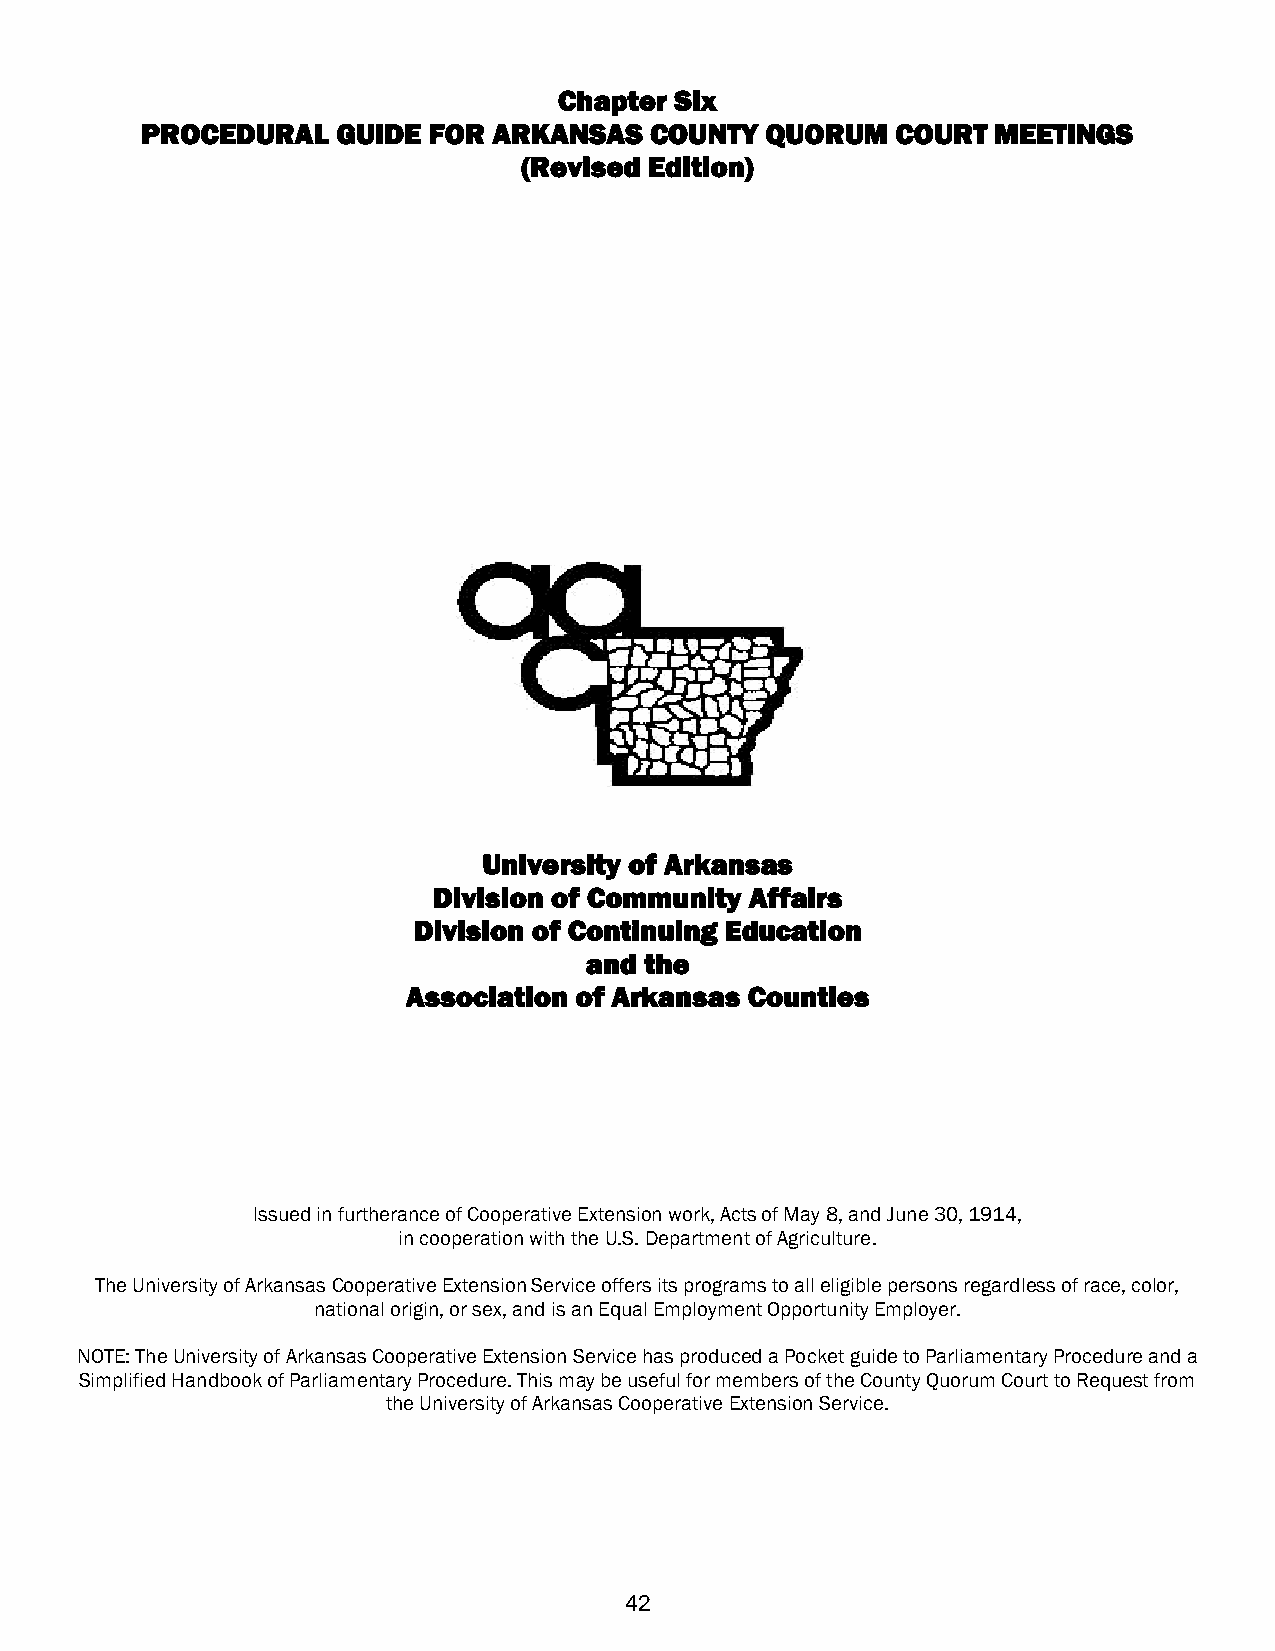
Chapter Six
 PROCEDURAL   GUIDE FOR  ARKANSAS  COUNTY  QUORUM  COURT  MEETINGS
 (Revised Edition)
 University of Arkansas
 Division of Community Affairs
 Division of Continuing Education
 and the
 Association of Arkansas Counties
 Issued in furtherance of Cooperative Extension work, Acts of May 8, and June 30, 1914,
 in cooperation with the U.S. Department of Agriculture.
 The University of Arkansas Cooperative Extension Service offers its programs to all eligible persons regardless of race, color,
 national origin, or sex, and is an Equal Employment Opportunity Employer.
 NOTE: The University of Arkansas Cooperative Extension Service has produced a Pocket guide to Parliamentary Procedure and a
 Simplified Handbook of Parliamentary Procedure. This may be useful for members of the County Quorum Court to Request from
 the University of Arkansas Cooperative Extension Service.
 42